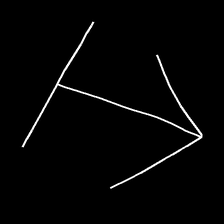
Glyph: levitation